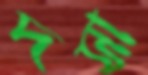
দসা